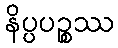
နိပ္ပပဉ္စဿ